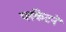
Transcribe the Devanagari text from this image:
प्लंकेटने